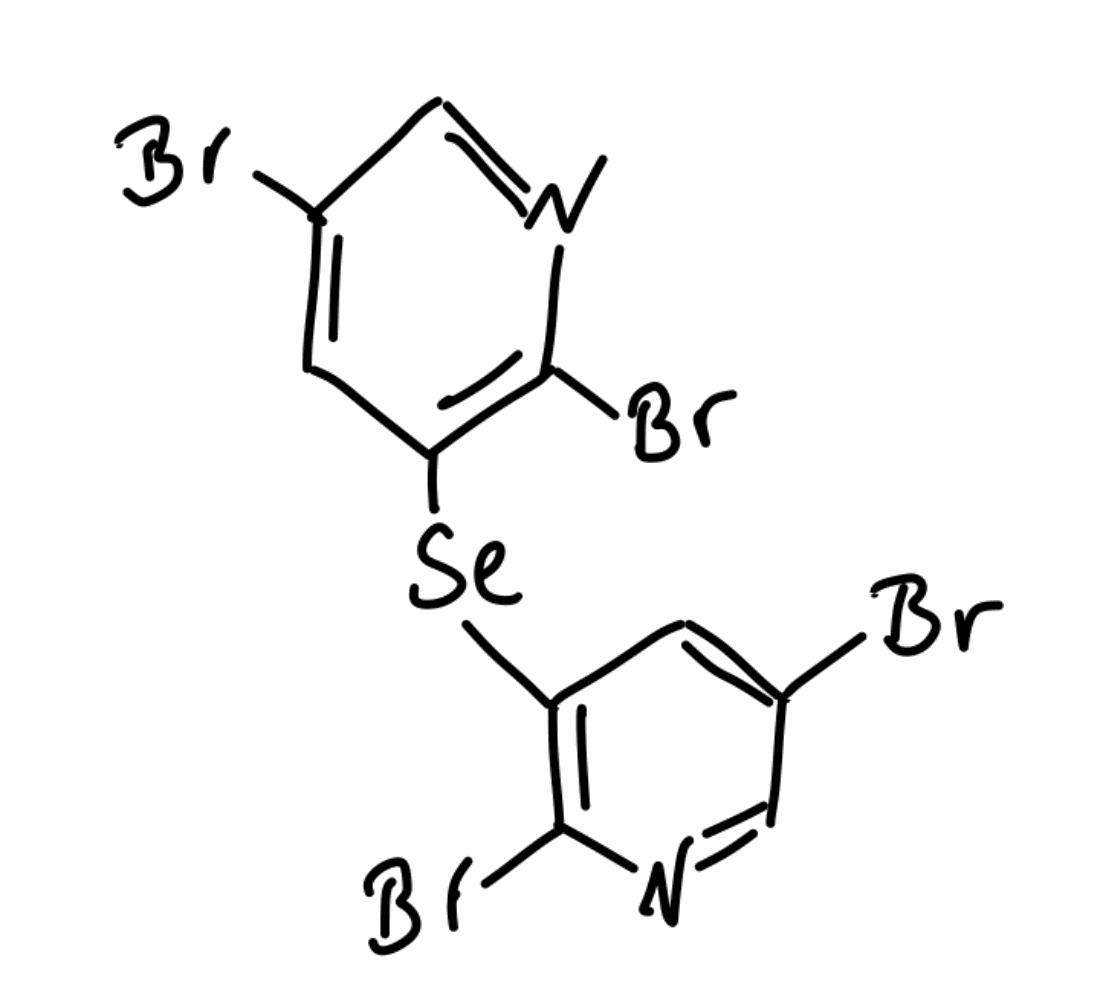
Simplified molecular-input line-entry system (SMILES) notation of the given molecule:
C1=C(C=NC(=C1[Se]C2=C(N=CC(=C2)Br)Br)Br)Br